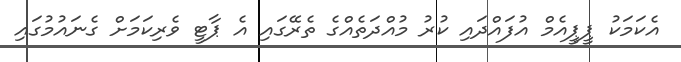
އެކަމަކު ޕީޕީއެމް އުފައްދައި ކުރު މުއްދަތެއްގެ ތެރޭގައި އެ ޕާޓީ ވެރިކަމަށް ގެނައުމުގައި